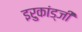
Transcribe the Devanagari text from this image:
इरुकांड्जी